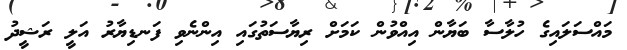
މައްސަލައިގެ ހުލާސާ ބަޔާން އިއްވުން ކަމަށް ރިޔާސަތުގައި އިންނެވި ފަނޑިޔާރު އަލީ ރަޝީދު